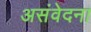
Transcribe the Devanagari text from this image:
असंवेदना